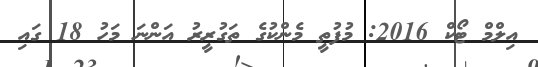
އިލްމް ޓޯކް 2016: މުފުތީ މެންކުގެ ތަގުރީރު އަންނަ މަހު 18 ގައި